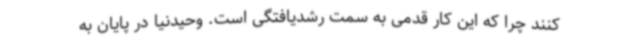
کنند چرا که این کار قدمی به سمت رشدیافتگی است. وحیدنیا در پایان به